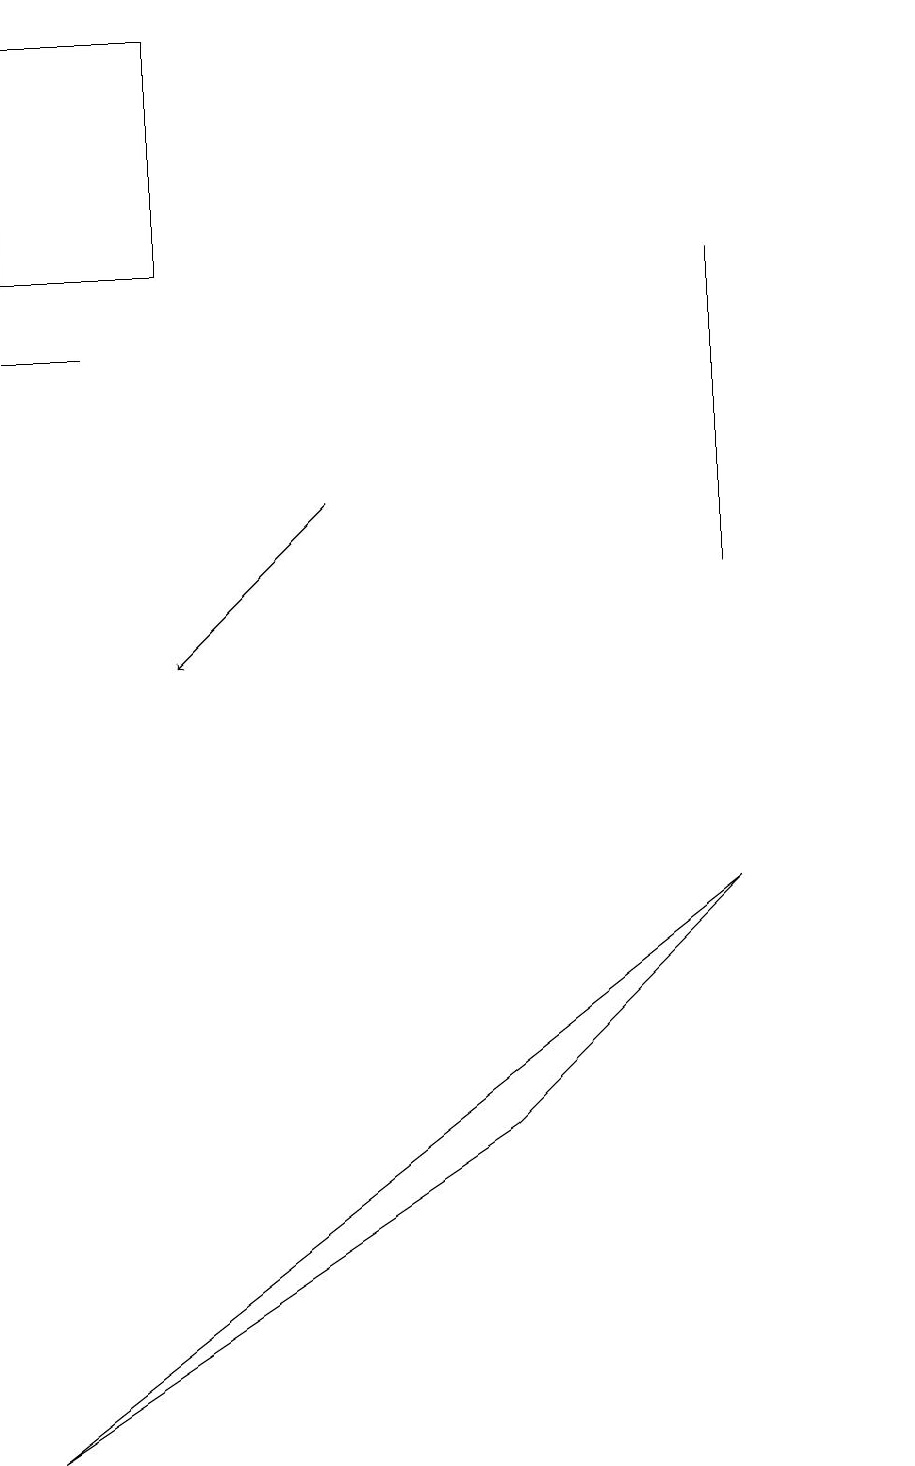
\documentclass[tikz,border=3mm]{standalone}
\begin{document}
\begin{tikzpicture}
\draw[->] (4,12) -- (2,10);
\draw (0,18) rectangle (2,15);
\draw (6,4) -- (0,0) -- (9,7) -- cycle;
\draw (9,15) rectangle (9,11);
\draw (11,11) circle (0);
\draw (1,14) rectangle (0,14);
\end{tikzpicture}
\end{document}